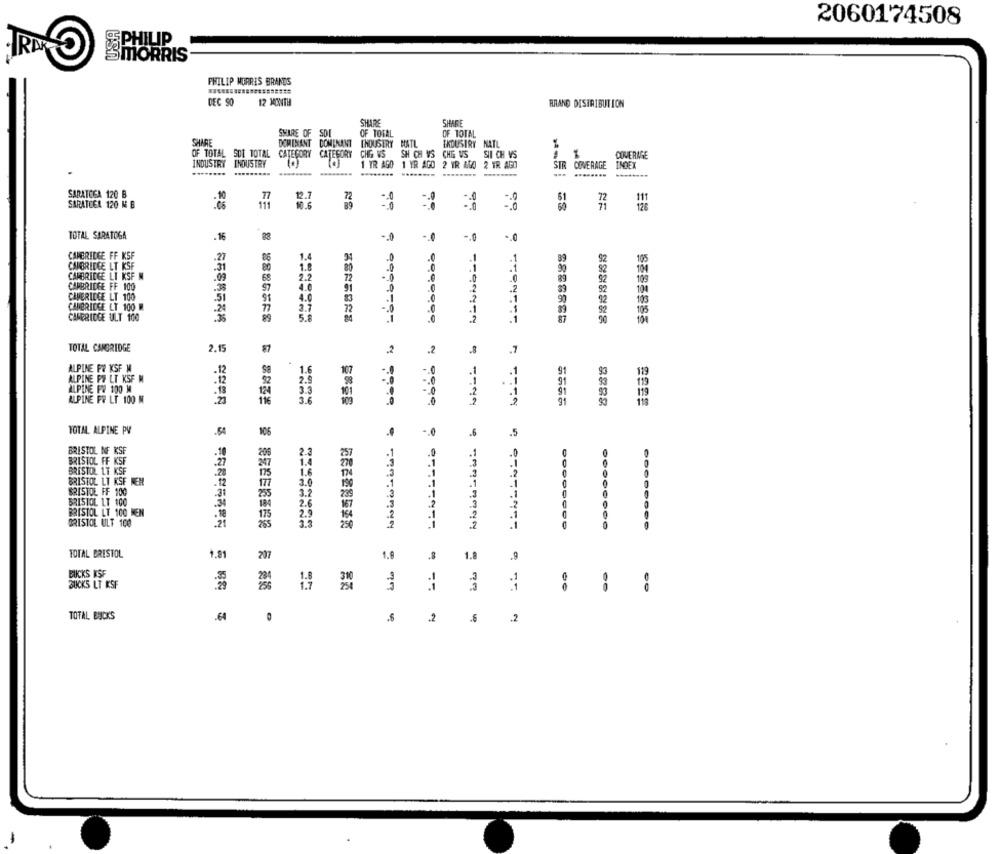
2060174508
SPHILIP
SMORRIS
PHILIP MORRIS BRANDS
DEC SO
12 MONTH
BRAND DISTRIBUTION
SHARE
SHARE
SHARE OF SDI
OF TOTAL
OF TOTAL
SHARE
DOMINANT DOMINANT
[HOUSERY BATL
IKDUSTRY NATL
OF TOTAL SDI TOTAL CATEGORY CATEGORY
CHG WS SH CH VS CHE US
SII CH VS
COVERAGE
INDUSTRY INDUSTRY
COVERAGE
INDEX
........
1 TR AGO 1 YR AGO 2 YR AGO 2 YR AGO
SIR
....
SARATOGA 120 B
12.7
72
61
72
111
SARATCEA 120 M E
10.6
89
71
126
RE
TOTAL SARATOGA
23
-. 0
-. 0
CAMBRIDGE FF KSF
CAMBRIDGE LT KSF
105
CAMBRIDGE LT KSF M
CAMBRIDGE FF 100
104
CAMERICCE LT 100
.51
CAMBRIDGE LT 100 M
105
CAMBRIDGE ULT 100
10
TOTAL CAMBRIDGE
2.15
57
.2
.7
ALPINE FW KSF M
1.6
-12
107
.0
119
ALPINE PO LT KSF M
.12
2.9
119
ALPINE PO 100 M
.13
3.3
ALPINE PR LT 100 M
3.6
TOTAL ALPINE PV
.54
106
-. 0
-5
.5
BRISTOL NF KSF
.10
BRISTOL FF KSF
BRISTOL LT KSF
.28
175
BRISTOL LT KSF MEN
,12
177
BRISTOL FF 100
31
BRISTOL LT 100
BRISTOL LT 100 MEN
.10
BRISTOL ULT 100
TOTAL BRISTOL
1.81
207
1.6
.8
1.8
.9
BUCKS KSF
SUCKS LT KSF
--
00
00
TOTAL BACKS
€4
.
.s
2
2